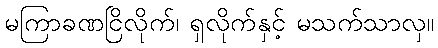
မကြာခဏငြိလိုက်၊ ရှလိုက်နှင့် မသက်သာလှ။